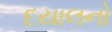
દયાલનો